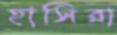
হাসিরা